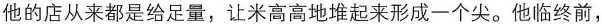
他的店从来都是给足量，让米高高地堆起来形成一个尖。他临终前，